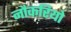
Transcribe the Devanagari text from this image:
नौकरियो